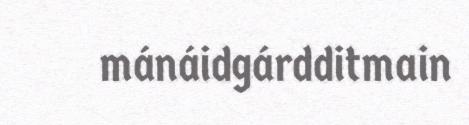
mánáidgárdditmain